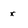
Character: x